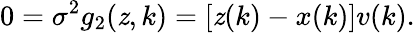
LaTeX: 0=\sigma^{2}g_{2}(\mathit{z},k)=[\mathit{z}(k)-x(k)]v(k).